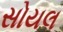
સોયલ